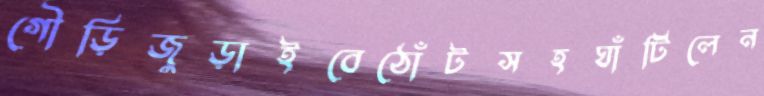
গৌড়িজুড়াইবেঠোঁটসহঘাঁটিলেন